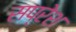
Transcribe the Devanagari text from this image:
सप्रेश